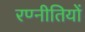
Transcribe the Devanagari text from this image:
रण्नीतियों